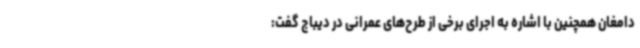
دامغان همچنین با اشاره به اجرای برخی از طرح‌های عمرانی در دیباج گفت: